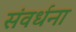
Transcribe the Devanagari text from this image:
संवर्धना